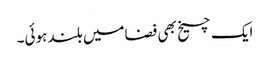
ایک چیخ بھی فضامیں بلند ہوئی۔